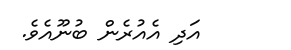
އަދި އެއުރެން ބުނޫއެވެ.